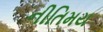
નીતિમય